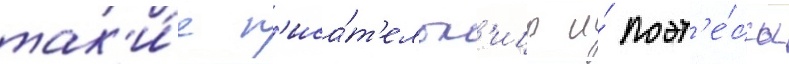
так'и́е п'иса́т'ельн'ицы и́ поэт'е́ссы